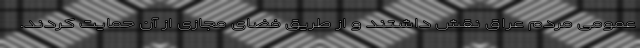
عمومی مردم عراق نقش داشتند و از طریق فضای مجازی از آن حمایت کردند.